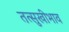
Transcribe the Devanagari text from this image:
तत्सुखीभाव